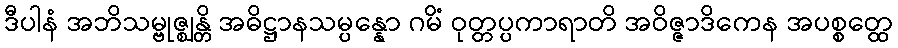
ဒီပါနံ အဘိသမ္ဗုဇ္ဈန္တိ အဓိဋ္ဌာနသမ္ပန္နော ဂမိံ ဝုတ္တပ္ပကာရာတိ အဝိဇ္ဇာဒိကေန အပစ္စတ္ထေ